Vaccination in the Punjab 1919-1929 - 1919-1929
Year: 1919
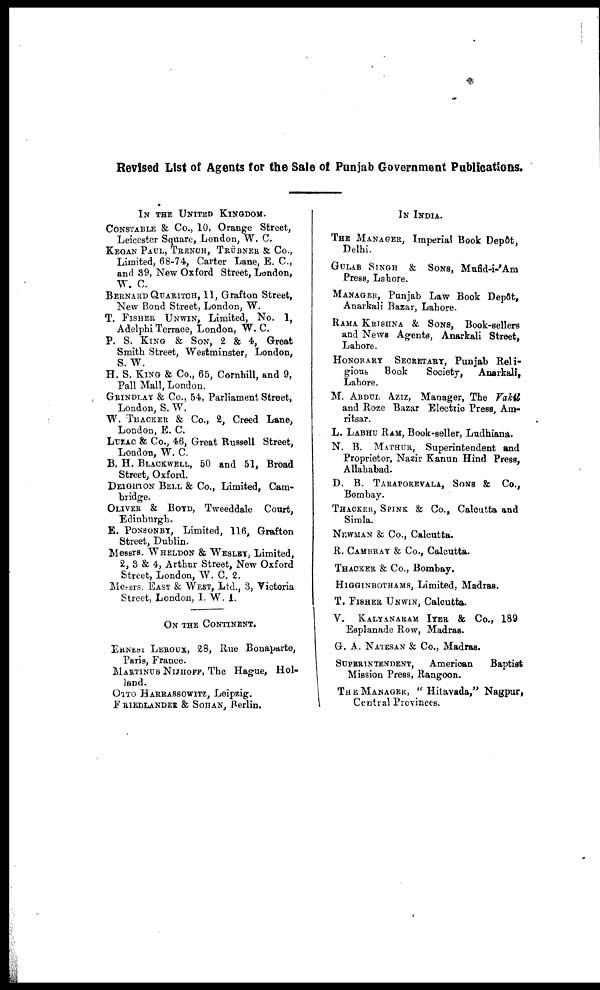
Revised List of Agents for the Sale of Punjab Government Publications.
IN THE UNITED KINGDOM.
CONSTABLE & CO., 10, Orange Street,
Leicester Square, London, W. C.
KEGAN PAUL, TRENCH, TRÜBNER & Co.,
Limited, 68-74, Carter Lane, E. C.,
and 39, New Oxford Street, London,
W. C.
BERNARD QUARITCH, 11, Grafton Street,
New Bond Street, London, W.
T. FISHER UNWIN, Limited, No. 1,
Adelphi Terrace, London, W. C.
P. S. KING & SON, 2 & 4, Great
Smith Street, Westminster, London,
S. W.
H. S. KING & Co., 65, Cornhill, and 9,
Pall Mall, London.
GRINDLAY & Co., 54, Parliament Street,
London, S. W.
W. THACKER & Co., 2, Creed Lane,
London, E. C.
LUZAC & Co., 46, Great Russell Street,
London, W. C.
B. H. BLACKWELL, 50 and 51, Broad
Street, Oxford.
DEIGHTON BELL & Co., Limited, Cam-
bridge.
OLIVER & BOYD, Tweeddale Court,
Edinburgh.
E. PONSONBY, Limited, 116, Grafton
Street, Dublin.
Messrs. WHELDON & WESLEY, Limited,
2, 3 & 4, Arthur Street, New Oxford
Street, London, W. C. 2.
Messrs. EAST & WEST, Ltd., 3, Victoria
Street, London, I. W. I.
ON THE CONTINENT.
ERNEST LEROUX, 28, Rue Bonaparte,
Paris, France.
MARTINUS NIJHOFF, The Hague, Hol-
land.
OTTO HARRASSOWITZ, Leipzig.
FRIEDLANDER & SOHAN, Berlin.
IN INDIA.
THE MANAGER, Imperial Book Depôt,
Delhi.
GULAB SINGH
& SONS, Mufid-i-'Am
Press, Lahore.
MANAGER, Punjab Law Book Depôt,
Anarkali Bazar, Lahore.
RAMA KRISHNA & SONS, Book-sellers
and News Agents, Anarkali Street,
Lahore.
HONORARY
SECRETARY, Punjab Reli-
gious,
Book
Society,
Anarkali,
Lahore.
M. ABDUL AZIZ, Manager, The Vakil
and Roze Bazar Electric Press, Am-
ritsar.
L. LABHU RAM, Book-seller, Ludhiana.
N. B. MATHUR, Superintendent and
Proprietor, Nazir Kanun Hind Press,
Allahabad.
D. B. TARAPOREVALA, SONS & Co.,
Bombay.
THACKER, SPINK & Co., Calcutta and
Simla.
NEWMAN & Co., Calcutta.
R. CAMBRAY & Co., Calcutta.
THACKER & Co., Bombay.
HIGGINBOTHAMS, Limited, Madras.
T. FISHER UNWIN, Calcutta.
V.
KALYANARAM IYER & Co., 189
Esplanade Row, Madras.
G. A. NATESAN & Co., Madras.
SUPERINTENDENT,
American
Baptist
Mission Press, Rangoon.
THE MANAGER, " Hitavada," Nagpur,
Central Provinces.